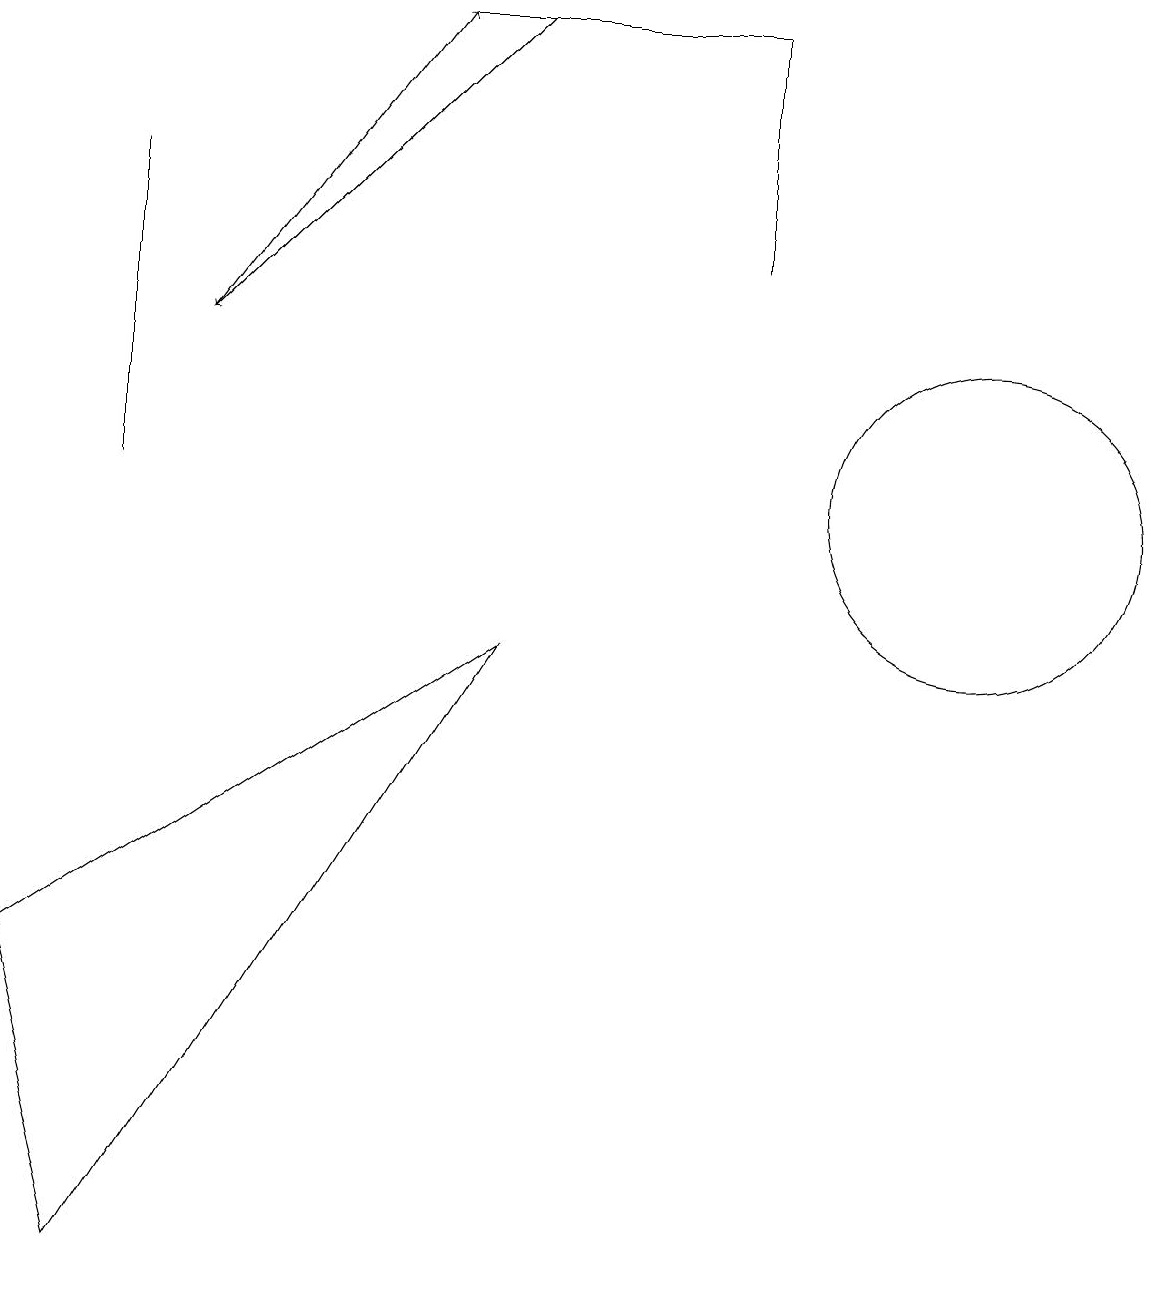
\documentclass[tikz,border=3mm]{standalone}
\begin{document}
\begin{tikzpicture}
\draw[->] (6,16) -- (2,12);
\draw[->] (2,12) -- (5,16);
\draw (6,8) -- (1,0) -- (0,4) -- cycle;
\draw (12,10) circle (2);
\draw (1,10) rectangle (1,14);
\draw (9,16) rectangle (5,16);
\draw (9,13) rectangle (9,16);
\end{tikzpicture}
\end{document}